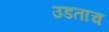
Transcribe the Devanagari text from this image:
उडताच